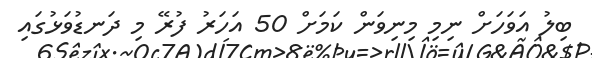
ބިލު އަވަހަށް ނިމި މިނިވަން ކަމަށް 50 އަހަރު ފުރޭ މި ދަނޑުވަޅުގައި